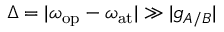
\Delta = | \omega _ { \mathrm { o p } } - \omega _ { \mathrm { a t } } | \gg | g _ { A / B } |